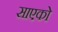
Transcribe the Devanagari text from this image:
साएको